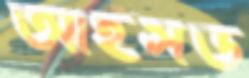
আইসড